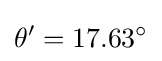
\theta '=17.63^{\circ }